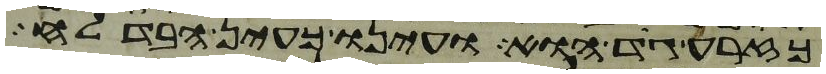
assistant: כזרע גד הוא ועינו כעין הבדלח